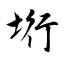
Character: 垳